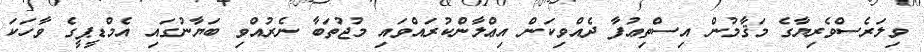
ވިލަރެސްވެރިޔާގެ މަޤާމުން އިސްތިޢުފާ ދެއްވިކަން އިޢްލާންކުރައްވައި މުޖުތަބާ ނެރުއްވި ބަޔާނުގައި އެމްޑީޕީގެ ވާހަކަ